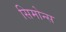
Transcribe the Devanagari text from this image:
सिमोन्स